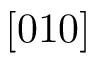
[ 0 1 0 ]